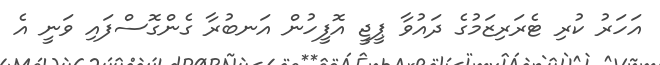
އަހަރު ކުރި ޓެރަރިޒަމުގެ ދައުވާ ޕީޖީ އޮފީހުން އަނބުރާ ގެންގޮސްފައި ވަނީ އެ